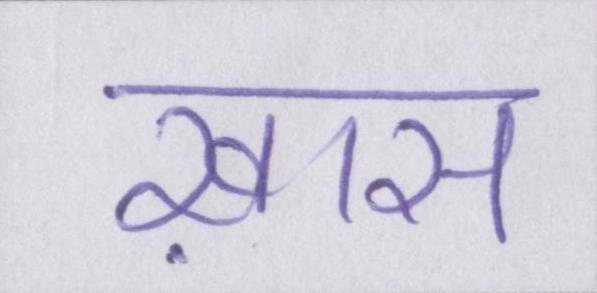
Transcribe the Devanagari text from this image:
ख़ास